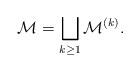
LaTeX: \begin{align*} \mathcal M = \bigsqcup_{k\ge 1} \mathcal M ^{(k)}. \end{align*}